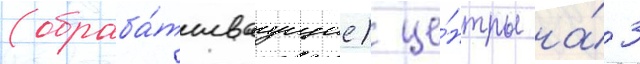
(обраба́тываущие) це́нтры на́ 3